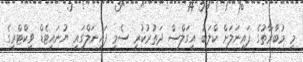
މި މުބާރާތުގެ ފައިނަލަށް ކްލަބު އީގަލްސް ދަތުރުކުރީ ސެމީ ފައިނަލްގައި ޔުނައިޓެޑް ވިކްޓްރީގެ